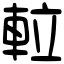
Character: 𨋢